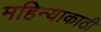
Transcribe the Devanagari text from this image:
महिन्याकाठी